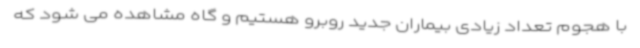
با هجوم تعداد زیادی بیماران جدید روبرو هستیم و گاه مشاهده می شود که